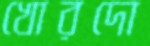
খোরদো